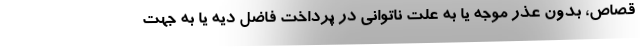
قصاص، بدون عذر موجه یا به علت ناتوانی در پرداخت فاضل دیه یا به جهت